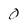
Character: 0